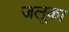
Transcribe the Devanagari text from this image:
जलूका